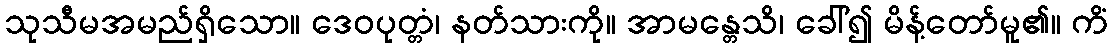
သုသီမအမည်ရှိသော။ ဒေဝပုတ္တံ၊ နတ်သားကို။ အာမန္တေသိ၊ ခေါ်၍ မိန့်တော်မူ၏။ ကိံ